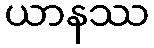
ယာနဿ